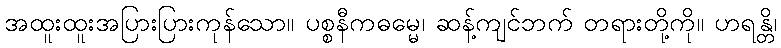
အထူးထူးအပြားပြားကုန်သော။ ပစ္စနီကဓမ္မေ၊ ဆန့်ကျင်ဘက် တရားတို့ကို။ ဟရန္တိ၊